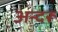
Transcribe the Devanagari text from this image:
अन्दरू